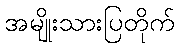
အမျိုးသားပြတိုက်